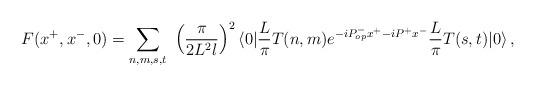
LaTeX: \begin{align*}F(x^+,x^-,0)=\sum_{n,m,s,t} \,\,\left(\frac{\pi}{2L^2 l}\right)^2\langle 0|\frac{L}{\pi}T(n,m) e^{-iP^-_{op}x^+-iP^+x^-} \frac{L}{\pi} T(s,t)| 0 \rangle\,,\end{align*}